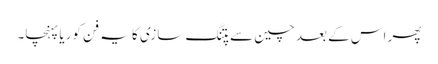
پھر اس کے بعد چین سے پتنگ سازی کا یہ فن کوریا پہنچا۔